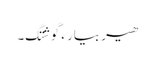
ھیر بیار ءَ گوشتگ۔